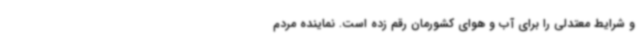
و شرایط معتدلی را برای آب و هوای کشورمان رقم زده است. نماینده مردم